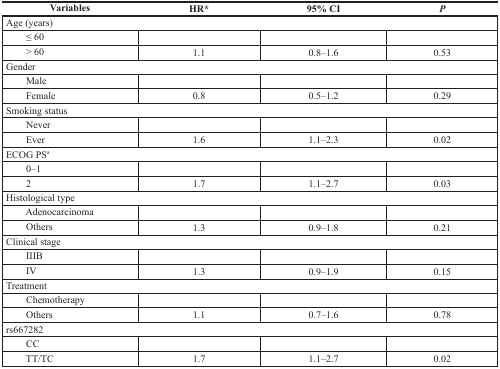
<table><thead><tr><td><b>Variables</b></td><td><b>HR*</b></td><td><b>95% CI</b></td><td><b><i>P</i></b></td></tr></thead><tbody><tr><td colspan="4">Age (years)</td></tr><tr><td> ≤ 60</td><td></td><td></td><td></td></tr><tr><td> &gt; 60</td><td>1.1</td><td>0.8–1.6</td><td>0.53</td></tr><tr><td colspan="4">Gender</td></tr><tr><td> Male</td><td></td><td></td><td></td></tr><tr><td> Female</td><td>0.8</td><td>0.5–1.2</td><td>0.29</td></tr><tr><td colspan="4">Smoking status</td></tr><tr><td> Never</td><td></td><td></td><td></td></tr><tr><td> Ever</td><td>1.6</td><td>1.1–2.3</td><td>0.02</td></tr><tr><td colspan="4">ECOG PS<sup>a</sup></td></tr><tr><td> 0–1</td><td></td><td></td><td></td></tr><tr><td> 2</td><td>1.7</td><td>1.1–2.7</td><td>0.03</td></tr><tr><td colspan="4">Histological type</td></tr><tr><td> Adenocarcinoma</td><td></td><td></td><td></td></tr><tr><td> Others</td><td>1.3</td><td>0.9–1.8</td><td>0.21</td></tr><tr><td colspan="4">Clinical stage</td></tr><tr><td> IIIB</td><td></td><td></td><td></td></tr><tr><td> IV</td><td>1.3</td><td>0.9–1.9</td><td>0.15</td></tr><tr><td colspan="4">Treatment</td></tr><tr><td> Chemotherapy</td><td></td><td></td><td></td></tr><tr><td> Others</td><td>1.1</td><td>0.7–1.6</td><td>0.78</td></tr><tr><td colspan="4">rs667282</td></tr><tr><td> CC</td><td></td><td></td><td></td></tr><tr><td> TT/TC</td><td>1.7</td><td>1.1–2.7</td><td>0.02</td></tr></tbody></table>